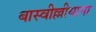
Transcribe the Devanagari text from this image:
बास्वील्लीयाना